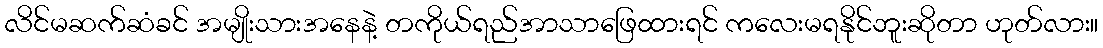
လိင်မဆက်ဆံခင် အမျိုးသားအနေနဲ့ တကိုယ်ရည်အာသာဖြေထားရင် ကလေးမရနိုင်ဘူးဆိုတာ ဟုတ်လား။